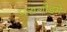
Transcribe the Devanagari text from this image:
पञ्चगौडमे